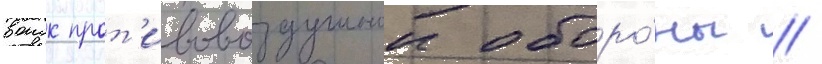
воиск прот'ивовоздушнои оборо́ны //